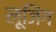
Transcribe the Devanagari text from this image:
लूजिंग